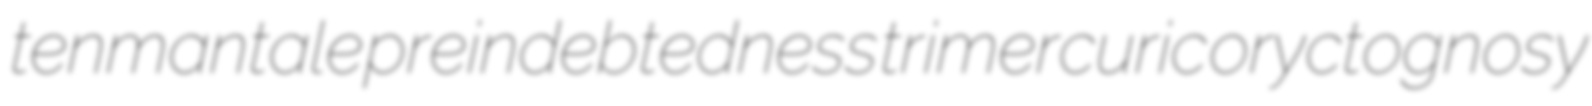
tenmantale preindebtedness trimercuric oryctognosy